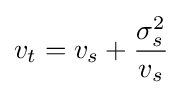
v_{t}=v_{s}+{\frac {\sigma _{s}^{2}}{v_{s}}}